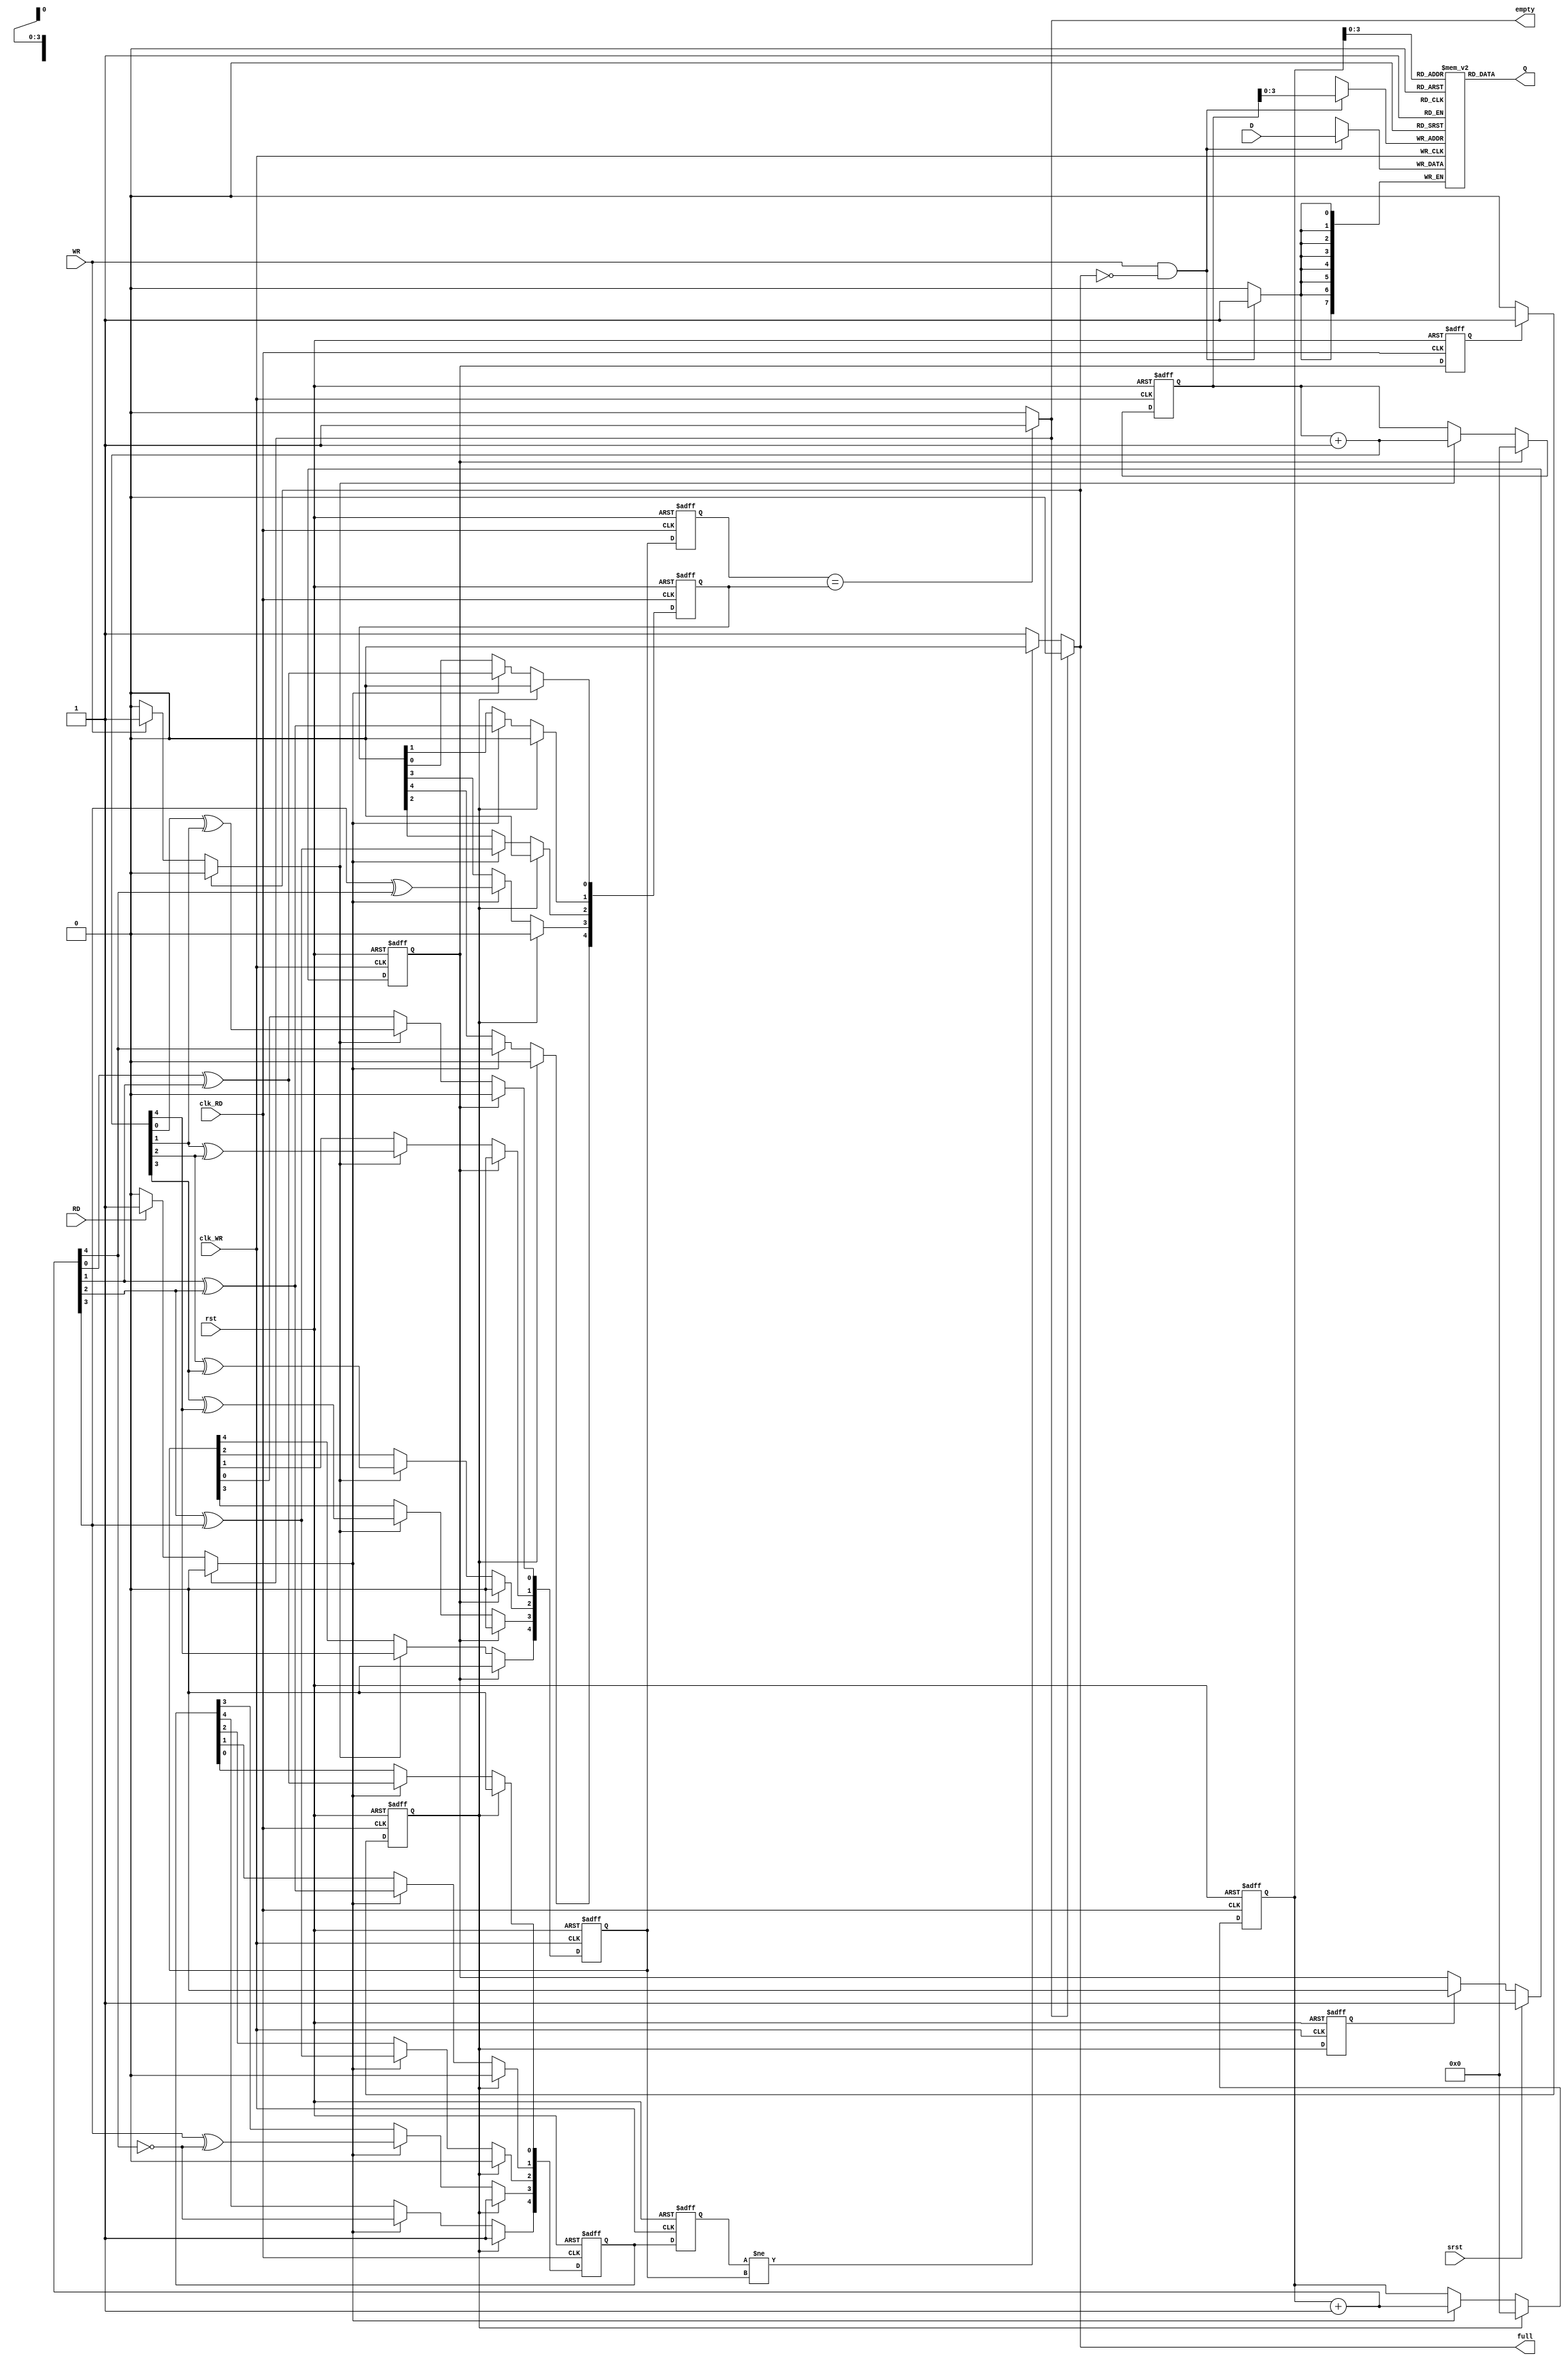
module gh_fifo_async16_sr(
clk_WR,
clk_RD,
rst,
srst,
WR,
RD,
D,
Q,
empty,
full
);
parameter [31:0] data_width=8;
input clk_WR;
input clk_RD;
input rst;
input srst;
input WR;
input RD;
input [data_width - 1:0] D;
output [data_width - 1:0] Q;
output empty;
output full;
wire clk_WR;
wire clk_RD;
wire rst;
wire srst;
wire WR;
wire RD;
wire [data_width - 1:0] D;
wire [data_width - 1:0] Q;
wire empty;
wire full;
reg [data_width - 1:0] ram_mem[15:0];
wire iempty;
wire ifull;
wire add_WR_CE;
reg [4:0] add_WR;  
reg [4:0] add_WR_GC;  
wire [4:0] n_add_WR;  
reg [4:0] add_WR_RS;  
wire add_RD_CE;
reg [4:0] add_RD;
reg [4:0] add_RD_GC;
reg [4:0] add_RD_GCwc;
wire [4:0] n_add_RD;
reg [4:0] add_RD_WS;  
reg srst_w;
reg isrst_w;
reg srst_r;
reg isrst_r;
  always @(posedge clk_WR) begin
    if(((WR == 1'b 1) && (ifull == 1'b 0))) begin
      ram_mem[(add_WR[3:0])] <= D;
    end
  end
  assign Q = ram_mem[(add_RD[3:0])];
  assign add_WR_CE = (ifull == 1'b 1) ? 1'b 0 : (WR == 1'b 0) ? 1'b 0 : 1'b 1;
  assign n_add_WR = add_WR + 4'h 1;
  always @(posedge clk_WR or posedge rst) begin
    if((rst == 1'b 1)) begin
      add_WR <= {5{1'b0}};
      add_RD_WS <= 5'b 11000;
      add_WR_GC <= {5{1'b0}};
    end else begin
      add_RD_WS <= add_RD_GCwc;
      if((srst_w == 1'b 1)) begin
        add_WR <= {5{1'b0}};
        add_WR_GC <= {5{1'b0}};
      end
      else if((add_WR_CE == 1'b 1)) begin
        add_WR <= n_add_WR;
        add_WR_GC[0] <= n_add_WR[0] ^ n_add_WR[1];
        add_WR_GC[1] <= n_add_WR[1] ^ n_add_WR[2];
        add_WR_GC[2] <= n_add_WR[2] ^ n_add_WR[3];
        add_WR_GC[3] <= n_add_WR[3] ^ n_add_WR[4];
        add_WR_GC[4] <= n_add_WR[4];
      end
      else begin
        add_WR <= add_WR;
        add_WR_GC <= add_WR_GC;
      end
    end
  end
  assign full = ifull;
  assign ifull = (iempty == 1'b 1) ? 1'b 0 : (add_RD_WS != add_WR_GC) ? 1'b 0 : 1'b 1;
  assign add_RD_CE = (iempty == 1'b 1) ? 1'b 0 : (RD == 1'b 0) ? 1'b 0 : 1'b 1;
  assign n_add_RD = add_RD + 4'h 1;
  always @(posedge clk_RD or posedge rst) begin
    if((rst == 1'b 1)) begin
      add_RD <= {5{1'b0}};
      add_WR_RS <= {5{1'b0}};
      add_RD_GC <= {5{1'b0}};
      add_RD_GCwc <= 5'b 11000;
    end else begin
      add_WR_RS <= add_WR_GC;
      if((srst_r == 1'b 1)) begin
        add_RD <= {5{1'b0}};
        add_RD_GC <= {5{1'b0}};
        add_RD_GCwc <= 5'b 11000;
      end
      else if((add_RD_CE == 1'b 1)) begin
        add_RD <= n_add_RD;
        add_RD_GC[0] <= n_add_RD[0] ^ n_add_RD[1];
        add_RD_GC[1] <= n_add_RD[1] ^ n_add_RD[2];
        add_RD_GC[2] <= n_add_RD[2] ^ n_add_RD[3];
        add_RD_GC[3] <= n_add_RD[3] ^ n_add_RD[4];
        add_RD_GC[4] <= n_add_RD[4];
        add_RD_GCwc[0] <= n_add_RD[0] ^ n_add_RD[1];
        add_RD_GCwc[1] <= n_add_RD[1] ^ n_add_RD[2];
        add_RD_GCwc[2] <= n_add_RD[2] ^ n_add_RD[3];
        add_RD_GCwc[3] <= n_add_RD[3] ^ (( ~n_add_RD[4]));
        add_RD_GCwc[4] <= ( ~n_add_RD[4]);
      end
      else begin
        add_RD <= add_RD;
        add_RD_GC <= add_RD_GC;
        add_RD_GCwc <= add_RD_GCwc;
      end
    end
  end
  assign empty = iempty;
  assign iempty = (add_WR_RS == add_RD_GC) ? 1'b 1 : 1'b 0;
  always @(posedge clk_WR or posedge rst) begin
    if((rst == 1'b 1)) begin
      srst_w <= 1'b 0;
      isrst_r <= 1'b 0;
    end else begin
      isrst_r <= srst_r;
      if((srst == 1'b 1)) begin
        srst_w <= 1'b 1;
      end
      else if((isrst_r == 1'b 1)) begin
        srst_w <= 1'b 0;
      end
    end
  end
  always @(posedge clk_RD or posedge rst) begin
    if((rst == 1'b 1)) begin
      srst_r <= 1'b 0;
      isrst_w <= 1'b 0;
    end else begin
      isrst_w <= srst_w;
      if((isrst_w == 1'b 1)) begin
        srst_r <= 1'b 1;
      end
      else begin
        srst_r <= 1'b 0;
      end
    end
  end
endmodule